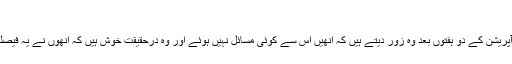
‘
اپنے آپریشن کے دو ہفتوں بعد وہ زور دیتے ہیں کہ انھیں اس سے کوئی مسائل نہیں ہوئے اور وہ درحقیقت خوش ہیں کہ انھوں نے یہ فیصلہ کیا۔